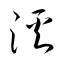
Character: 渓